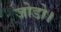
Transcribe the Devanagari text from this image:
जोडो।